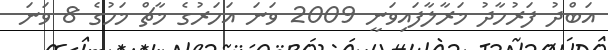
އަބްދު ފަރުހާދު މަރާލާފައިވަނީ 2009 ވަނަ އަހަރުގެ މާޗް މަހުގެ 8 ވަނަ